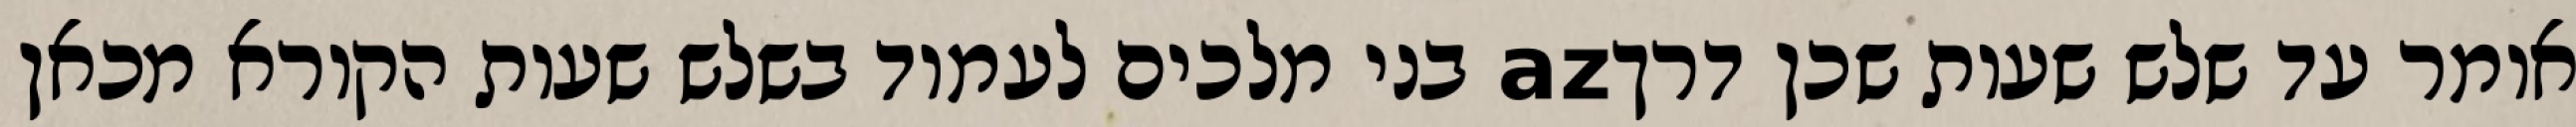
אומר עד שלש שעות שכן דרךaz בני מלכים לעמוד בשלש שעות הקורא מכאן